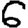
Digit: 6